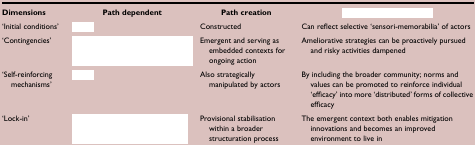
<table><thead><tr><td><b>Dimensions</b></td><td><b>Path dependent</b></td><td><b>Path creation</b></td><td>[EMPTY_CELL]</td></tr></thead><tbody><tr><td>‘Initial conditions’</td><td>[EMPTY_CELL]</td><td>Constructed</td><td>Can reflect selective ‘sensori-memorabilia’ of actors</td></tr><tr><td>‘Contingencies’</td><td>[EMPTY_CELL]</td><td>Emergent and serving as embedded contexts for ongoing action</td><td>Ameliorative strategies can be proactively pursued and risky activities dampened</td></tr><tr><td>‘Self-reinforcing mechanisms’</td><td>[EMPTY_CELL]</td><td>Also strategically manipulated by actors</td><td>By including the broader community; norms and values can be promoted to reinforce individual ‘efficacy’ into more ‘distributed’ forms of collective efficacy</td></tr><tr><td>‘Lock-in’</td><td>[EMPTY_CELL]</td><td>Provisional stabilisation within a broader structuration process</td><td>The emergent context both enables mitigation innovations and becomes an improved environment to live in</td></tr></tbody></table>